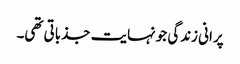
پرانی زندگی جو نہایت جذباتی تھی۔